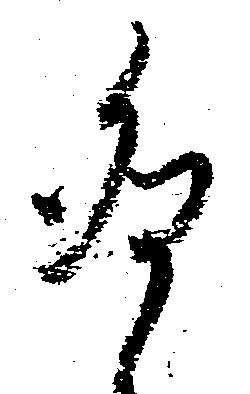
卯